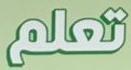
تعلم